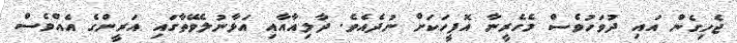
ޖެހިގެން އައި ދުވަހުވެސް މެހެރީނާ އޮފީހަކަށް ނުދެއެވެ. ދާލިއާއާއި އަޅާނުލެވޭތާގައި އަރީންގެ އެއްވެސް